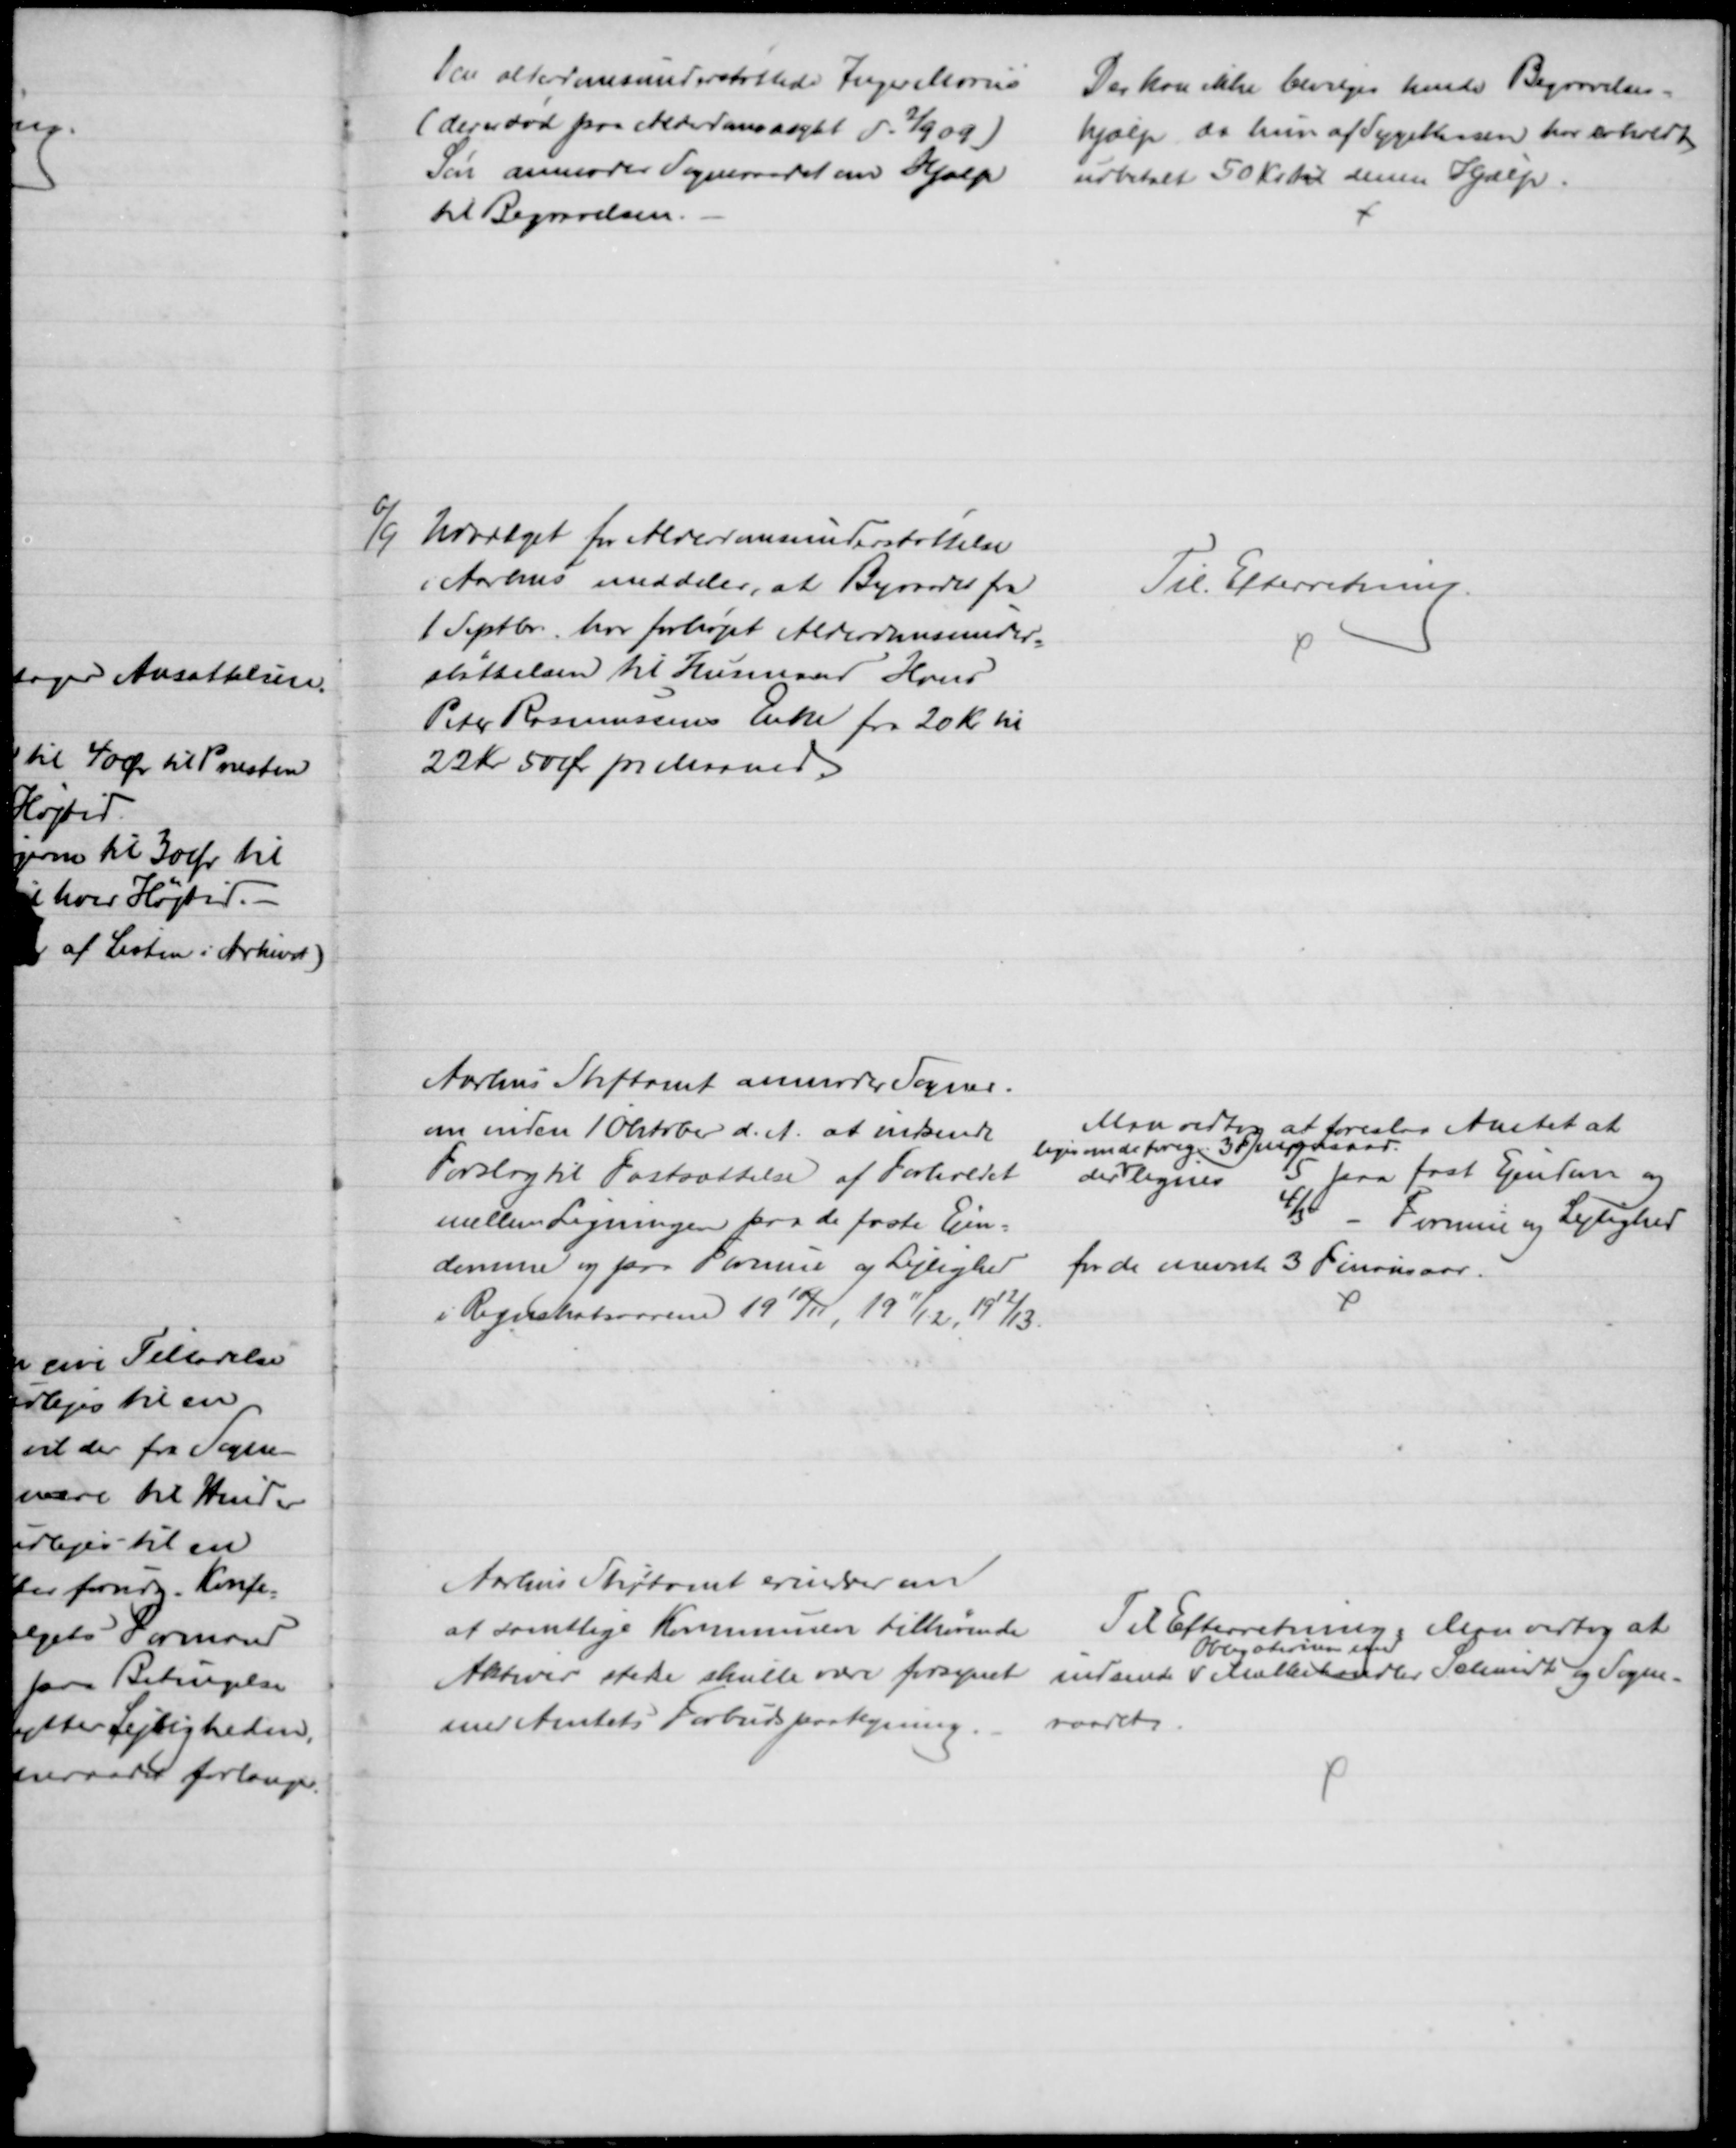
Transskription:
Den alderdomsunderstøttede Inger Maries
(der er død paa Alderdomsasylet d. 2/9 09)
Søn anmoder Sogneraadet om Hjælp
til Begravelsen.
Der kan ikke bevilges hende Begravelses-
hjælp da hun af Sygekasen har erholdt
udbetalt 50 Kr til denne Hjælp.
6/9
Udvalget for Alderdomsunderstøttelse
i Aarhus meddeler, at Byraadet fra
1 Septbr. har forhøjet Alderdomsunder=
støttelsen til Husmand Hans
Peter Rasmussens Enke fra 20 Kr til 
22 Kr 50 Ør pr Maaned.
Til Efterretning.
Aarhus Stiftamt anmoder Sogner.
om inden 1 Oktober d. A. at indsende
Forslag til Fastsættelse af Forholdet
mellem Ligningen fra de faste Ejn=
domme og paa Formue og Lejlighed
i Regnskabsaarene 1910/11, 1911/12 1912/13.
Maa vedtog at foreslaa Amtet at 
der 
ligesom de forige 3 Finansaar.
lignes
1/5 paa fast Ejendom og
4/5 - Formue og Lejlighed
for de nævnte 3 Finansaar.
Aarhus Stiftamt erindrer om
at samtlige Kommunen tilhørende 
Aktiver stedse skulle være forsynet
med Amtets Forbudspaategning.
Til Efterretning. Man vedtog at
indsende 
Obligationen med
Mælkehandler Schmidt og Sogne-
raarets